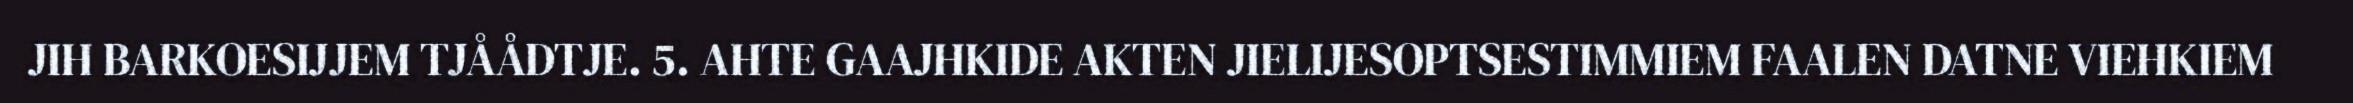
JIH BARKOESIJJEM TJÅÅDTJE. 5. AHTE GAAJHKIDE AKTEN JIELIJESOPTSESTIMMIEM FAALEN DATNE VIEHKIEM